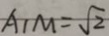
A _ { 1 } M = \sqrt { 2 }